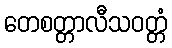
တေစတ္တာလီသဝတ္တံ